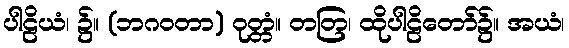
ပါဠိယံ၊ ၌။ (ဘဂဝတာ) ဝုတ္တံ။ တတြ၊ ထိုပါဠိတော်၌။ အယံ၊